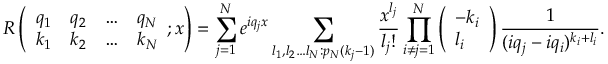
R \left( \begin{array} { l l l l } { q _ { 1 } } & { q _ { 2 } } & { \ldots } & { q _ { N } } \\ { k _ { 1 } } & { k _ { 2 } } & { \ldots } & { k _ { N } } \end{array} ; x \right) = \sum _ { j = 1 } ^ { N } e ^ { i q _ { j } x } \sum _ { l _ { 1 } , l _ { 2 } \ldots l _ { N } : p _ { N } ( k _ { j } - 1 ) } \frac { x ^ { l _ { j } } } { l _ { j } ! } \prod _ { i \neq j = 1 } ^ { N } \left( \begin{array} { l } { - k _ { i } } \\ { l _ { i } } \end{array} \right) \frac { 1 } { ( i q _ { j } - i q _ { i } ) ^ { k _ { i } + l _ { i } } } .